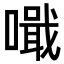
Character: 𠿠